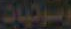
وترتيات